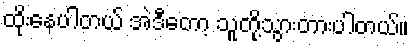
ထိုးနေပါတယ် အဲဒီတော့ သူတို့သွားတားပါတယ်။